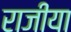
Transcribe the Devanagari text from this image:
राजीया